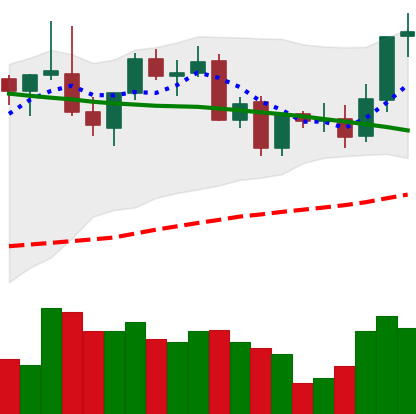
Ticker: LINK-USD
Chart end date: 2021-09-02
Forward return: -6.24%
Label: down_5_7